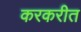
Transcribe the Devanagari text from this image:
करकरीत